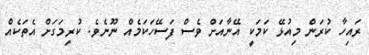
ރައިހާ ކުރަން މިއުޅޭ ކަމަކީ އޭނާއަށް ވެސް ފަސޭހަކަމެއް ނޫނެވެ. ކުރިމަގަށް އެތަކެއް